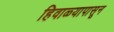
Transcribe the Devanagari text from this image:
हिवाळ्यापासून